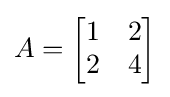
A={\begin{bmatrix}1&2\\2&4\end{bmatrix}}